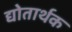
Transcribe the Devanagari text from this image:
द्योतार्थक